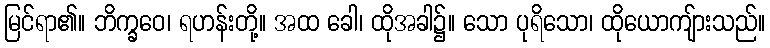
မြင်ရာ၏။ ဘိက္ခဝေ၊ ရဟန်းတို့။ အထ ခေါ၊ ထိုအခါ၌။ သော ပုရိသော၊ ထိုယောကျ်ားသည်။